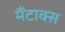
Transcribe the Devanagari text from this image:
मैंटाक्स